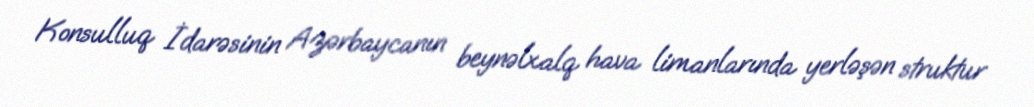
Konsulluq İdarəsinin Azərbaycanın beynəlxalq hava limanlarında yerləşən struktur